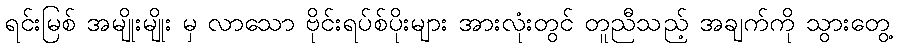
ရင်းမြစ် အမျိုးမျိုး မှ လာသော ဗိုင်းရပ်စ်ပိုးများ အားလုံးတွင် တူညီသည့် အချက်ကို သွားတွေ့